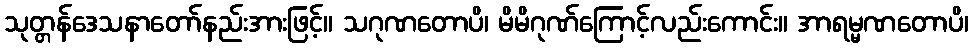
သုတ္တန်ဒေသနာတော်နည်းအားဖြင့်။ သဂုဏတောပိ၊ မိမိဂုဏ်ကြောင့်လည်းကောင်း။ အာရမ္မဏတောပိ၊